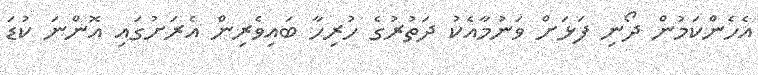
އެހެންކަމުން ދޯނި ފަޅަށް ވަނުމާއެކު ދަތުރުގެ ހުރިހާ ބައިވެރިން އެރަށުގައި އޮންނަ ކުޑަ